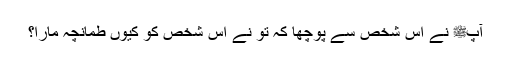
آپﷺ نے اس شخص سے پوچھا کہ تو نے اس شخص کو کیوں طمانچہ مارا؟